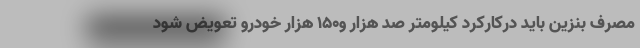
مصرف بنزین باید درکارکرد کیلومتر صد هزار و150 هزار خودرو تعویض شود